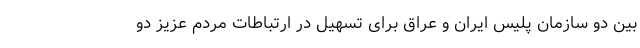
بین دو سازمان پلیس ایران و عراق برای تسهیل در ارتباطات مردم عزیز دو